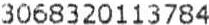
3068320113784